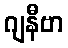
ဂျနီဗာ